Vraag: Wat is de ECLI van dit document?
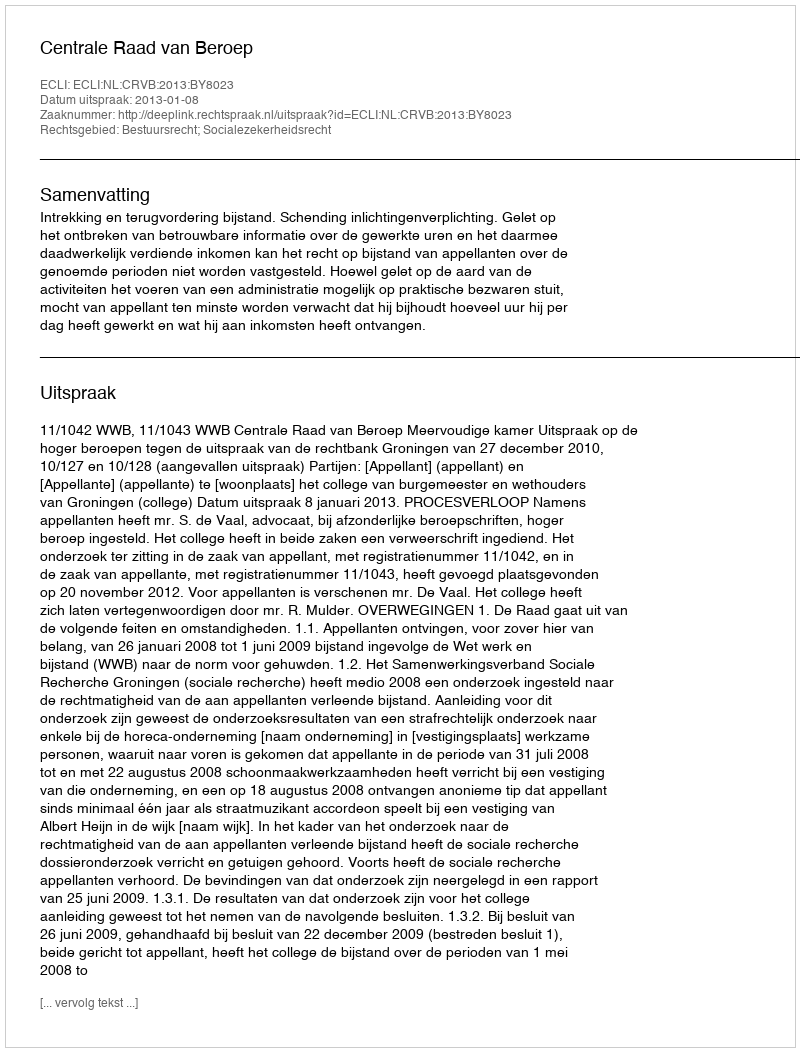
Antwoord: ECLI:NL:CRVB:2013:BY8023